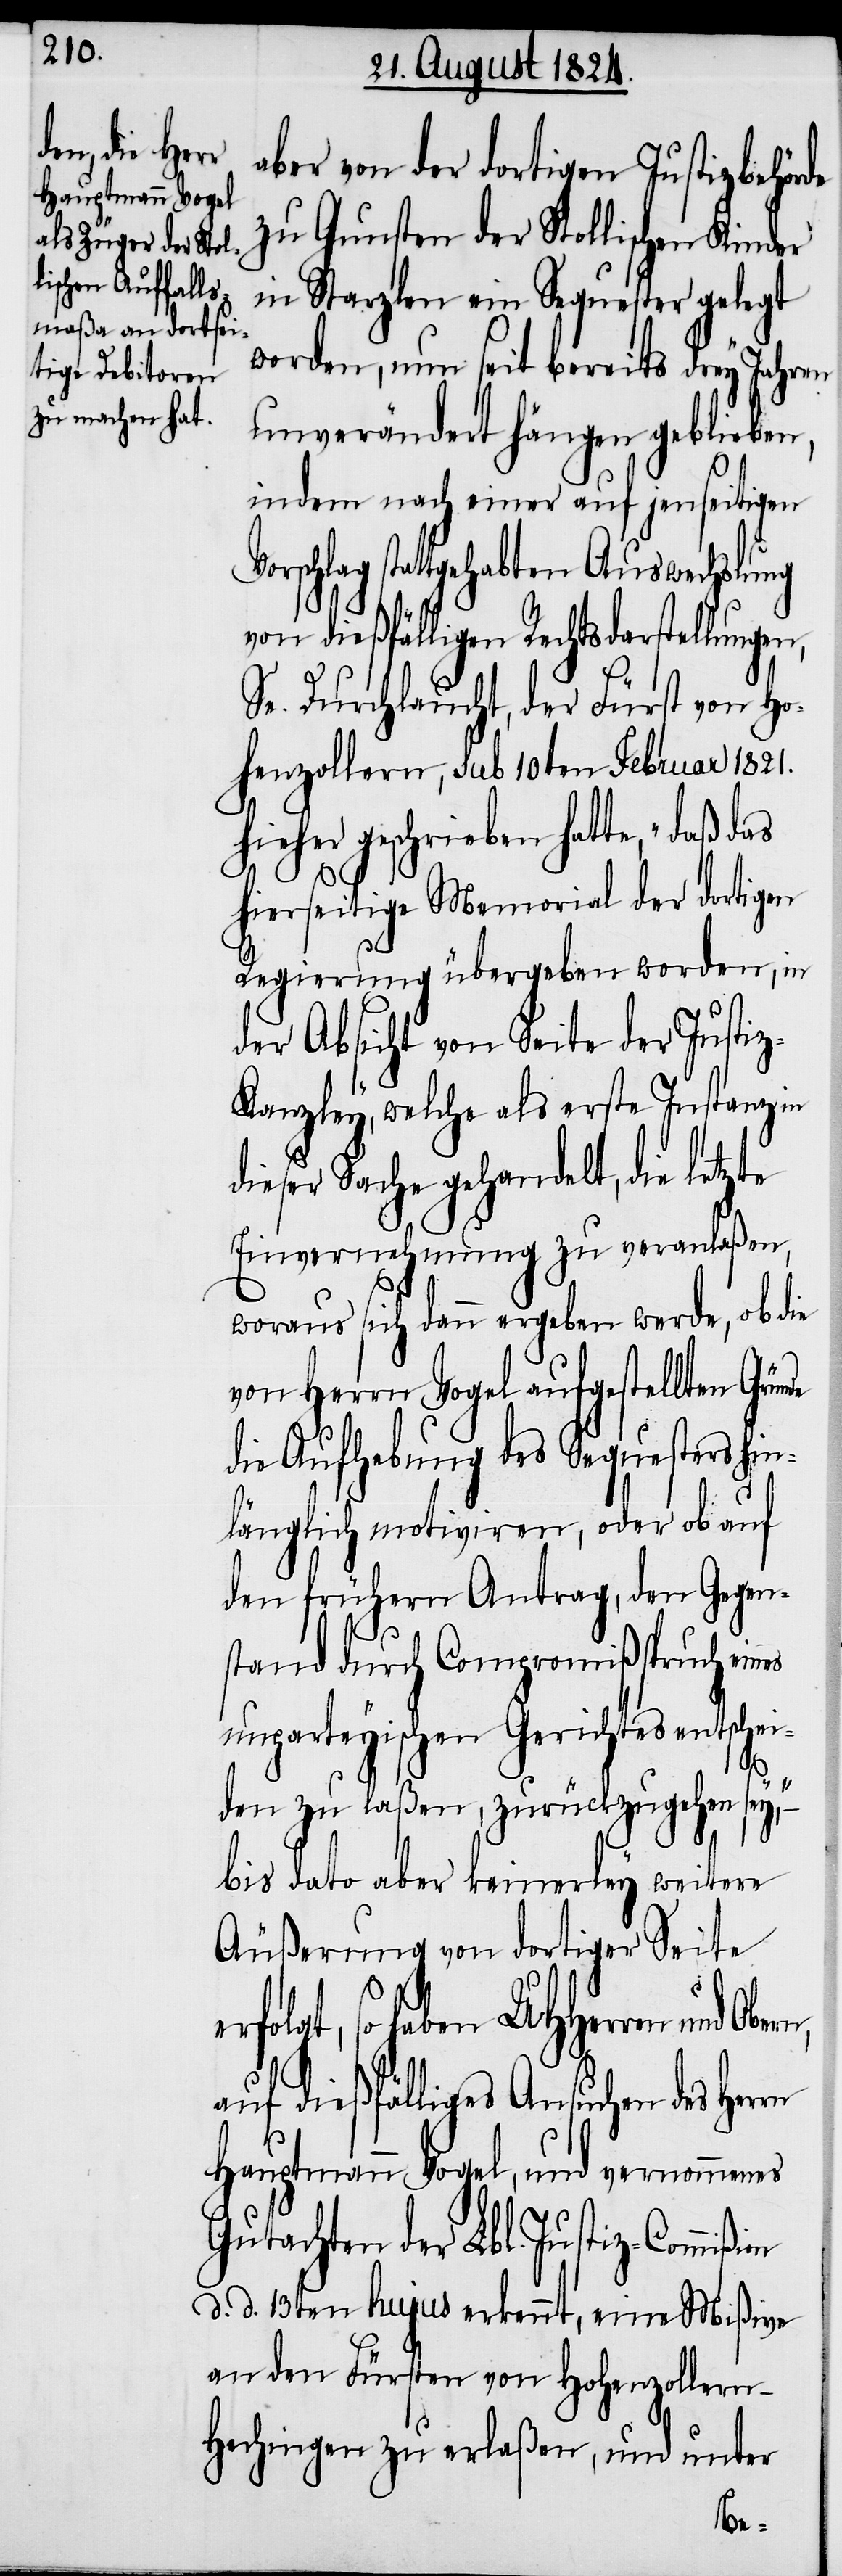
aber von der dortigen Justizbehörde
zu Gunsten der Stollischen Kinder
in Starzlen ein Sequester gelegt
worden, nun seit bereits drey Jahren
unverändert hängen geblieben,
indem nach einer auf jenseitigen
rschlag stattgehabten Auswechslung
von dießfälligen Rechtsdarstellungen,
Se. Durchlaucht, der Fürst von Ho¬
henzollern, sub 10ten Februar 1821.
hieher geschrieben hatte, „daß
hierseitige Memorial der dortigen
Regierung übergeben worden, in
der Absicht von Seite der Justi¬
z-Kanzley, welche als erste Instanz in
dieser Sache gehandelt, die letzte
Einvernehmung zu veranlaßen,
woraus sich dann ergeben werde, ob die
von Herrn Vogel aufgestellten Grün¬
die Aufhebung des Sequesters hin¬
länglich motiviren, oder ob auf
den frühern Antrag, den Gegen¬
stand durch Compromißspruch eines
unparteyischen Gerichtes entschei¬
den zu laßen, zurückzugehen
bis dato aber keinerley weitere
Äußerung von dortiger Seite
so haben UHHerren und
auf dießfälliges Ansuchen des Herrn
Hauptmann Vogel, und vernommenes
Gutachten der Lbl. Justiz-Commi¬
d. d. 13ten hujus erkennt, eine Mißive
an den Fürsten von Hohenzollern-H¬
echingen zu erlaßen, und unter
ßion